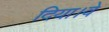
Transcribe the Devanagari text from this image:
दिया।वे